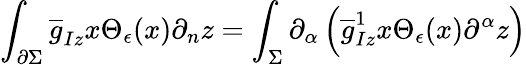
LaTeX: \int_{\partial\Sigma}{\overline{{g}}}_{Iz}x\Theta_{\epsilon}(x)\partial_{n}z=\int_{\Sigma}\partial_{\alpha}\left({\overline{{g}}}_{Iz}^{1}x\Theta_{\epsilon}(x)\partial^{\alpha}z\right)